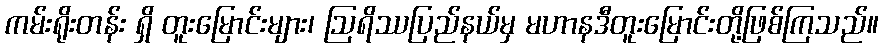
ကမ်းရိုးတန်း ရှိ တူးမြောင်းများ၊ ဩရိဿပြည်နယ်မှ မဟာနဒီတူးမြောင်းတို့ဖြစ်ကြသည်။